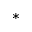
^ *